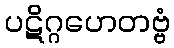
ပဋိဂ္ဂဟေတဗ္ဗံ